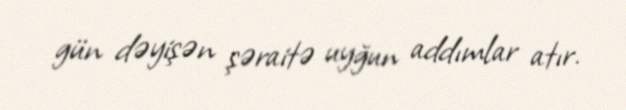
gün dəyişən şəraitə uyğun addımlar atır.